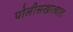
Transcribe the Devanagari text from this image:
पोलीसखात्यात